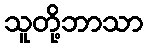
သူတို့ဘာသာ